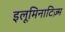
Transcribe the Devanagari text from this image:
इलूमिनाटिज़्म